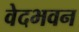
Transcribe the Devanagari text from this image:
वेदभवन